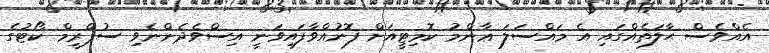
އެއްވެސް ޙާލަތެއްގައި އެ މައްސަލަ ޢާންމު ކޮމިޓީއަށް ފޮނުއްވާފައިވަނީ އިސްވެދެންނެވި ސުޕްރީމް ކޯޓުގެ